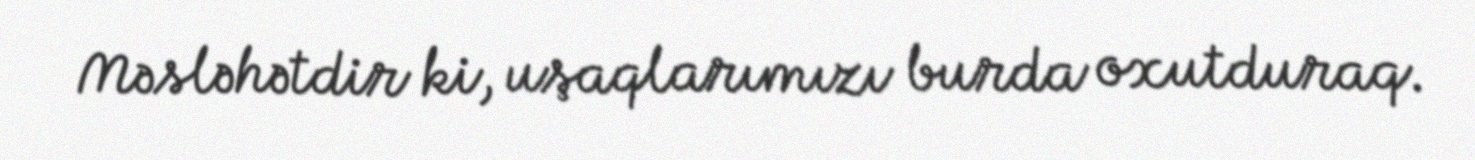
Məsləhətdir ki, uşaqlarımızı burda oxutduraq.